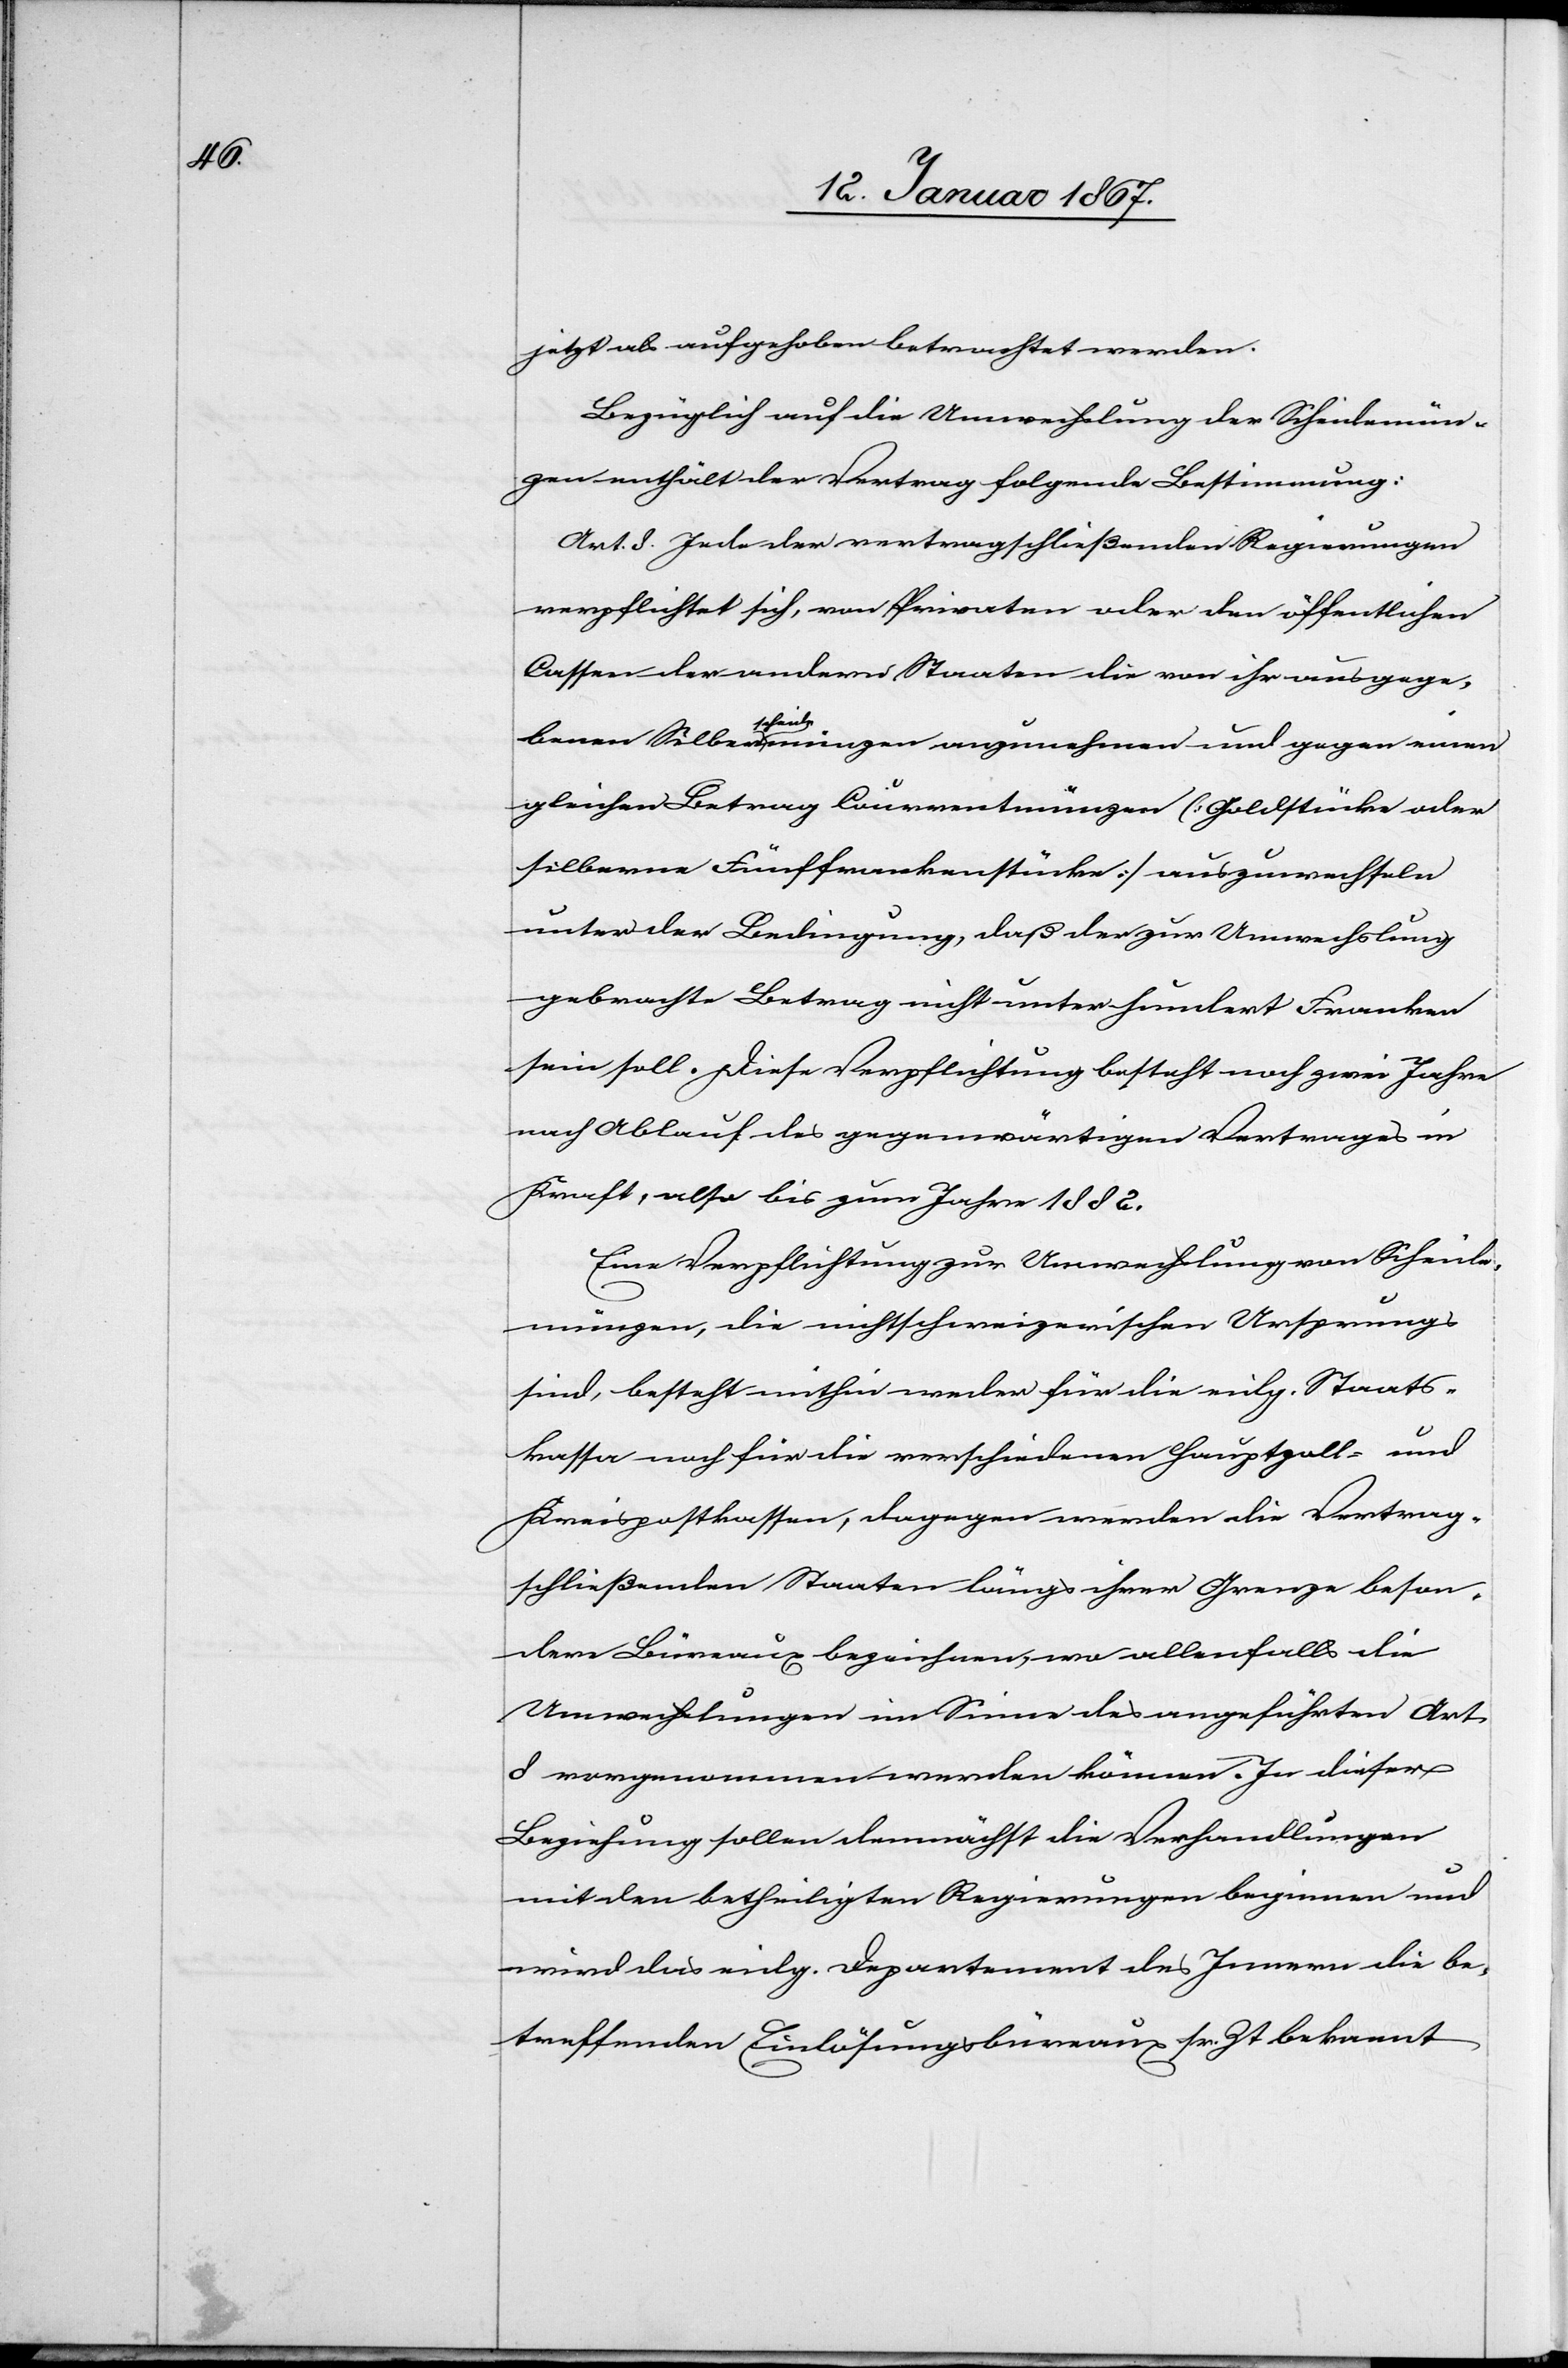
jetzt als aufgehoben betrachtet werden.
Bezüglich auf die Umwechslung der Scheidemün¬
zen enthält der Vertrag folgende Bestimmung:
Art. 8. Jede der vertragschließenden Regierungen
verpflichtet sich, von Privaten oder den öffentlichen
Cassen der andern Staaten die von ihr ausgege¬
benen Silberscheidemünzen anzunehmen und gegen einen
gleichen Betrag Courrentmünzen [Goldstücke oder
silberne Fünffrankenstücke] auszuwechseln
unter der Bedingung, daß der zur Umwechslung
gebrachte Betrag nicht unter hundert Franken
sein soll. Diese Verpflichtung besteht noch zwei Jahre
nach Ablauf des gegenwärtigen Vertrages in
Kraft, also bis zum Jahre 1882.
Eine Verpflichtung zur Umwechslung von Scheide¬
münzen, die nichtschweizerischen Ursprungs
sind, besteht mithin weder für die eidg. Staats¬
kassa noch für die verschiedenen Hauptzoll- und
Kreispostkassen, dagegen werden die Vertrag¬
schließenden Staaten längs ihrer Grenze beson¬
dere Büreaux bezeichnen, wo allenfalls die
Umwechslungen im Sinne des angeführten Art.
8 vorgenommen werden können. In dieser
Beziehung sollen demnächst die Verhandlungen
mit den betheiligten Regierungen beginnen und
wird das eidg. Departement des Innern die be¬
treffenden Einlösungsbüreaux sr. Zt. bekannt